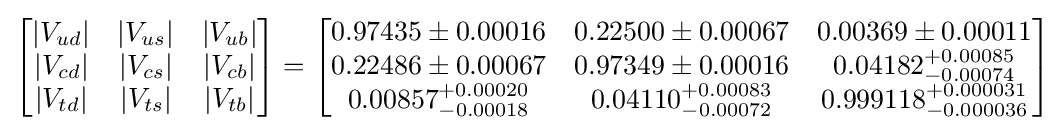
{\begin{bmatrix}|V_{ud}|&|V_{us}|&|V_{ub}|\\|V_{cd}|&|V_{cs}|&|V_{cb}|\\|V_{td}|&|V_{ts}|&|V_{tb}|\end{bmatrix}}={\begin{bmatrix}0.97435\pm 0.00016&0.22500\pm 0.00067&0.00369\pm 0.00011\\0.22486\pm 0.00067&0.97349\pm 0.00016&0.04182_{-0.00074}^{+0.00085}\\0.00857_{-0.00018}^{+0.00020}&0.04110_{-0.00072}^{+0.00083}&0.999118_{-0.000036}^{+0.000031}\end{bmatrix}}